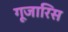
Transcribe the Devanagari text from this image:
गूजारिस